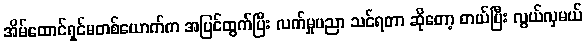
အိမ်ထောင်ရှင်မတစ်ယောက်က အပြင်ထွက်ပြီး လက်မှုပညာ သင်ရတာ ဆိုတော့ တယ်ပြီး လွယ်လှမယ်